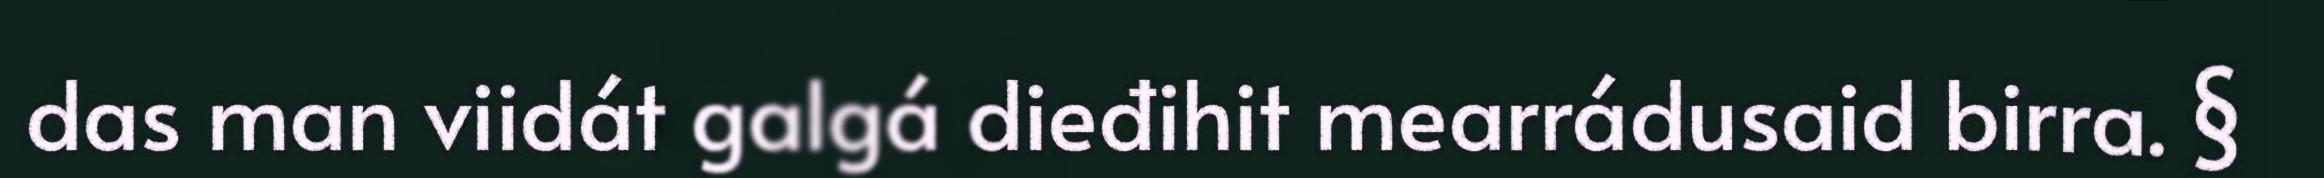
das man viidát galgá dieđihit mearrádusaid birra. §